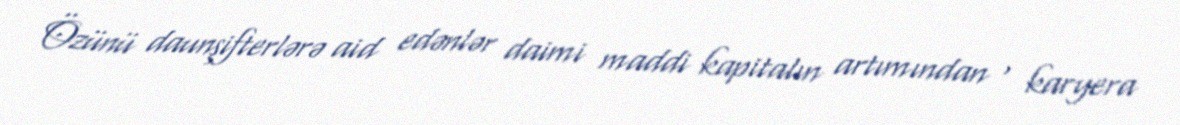
Özünü daunşifterlərə aid edənlər daimi maddi kapitalın artımından , karyera